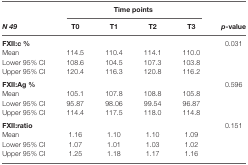
|  | <COLSPAN=4> Time points |  |
 | N 49 | T0 | T1 | T2 | T3 | p-value |
 | --- | --- | --- | --- | --- | --- |
 | FXII:c % |  |  |  |  | 0.031 |
 | Mean | 114.5 | 110.4 | 114.1 | 110.0 |  |
 | Lower 95% CI | 108.6 | 104.5 | 107.3 | 103.8 |  |
 | Upper 95% CI | 120.4 | 116.3 | 120.8 | 116.2 |  |
 | FXII:Ag % |  |  |  |  | 0.596 |
 | Mean | 105.1 | 107.8 | 108.8 | 105.8 |  |
 | Lower 95% CI | 95.87 | 98.06 | 99.54 | 96.87 |  |
 | Upper 95% CI | 114.4 | 117.5 | 118.0 | 114.8 |  |
 | FXII:ratio |  |  |  |  | 0.151 |
 | Mean | 1.16 | 1.10 | 1.10 | 1.09 |  |
 | Lower 95% CI | 1.07 | 1.01 | 1.03 | 1.02 |  |
 | Upper 95% CI | 1.25 | 1.18 | 1.17 | 1.16 |  |